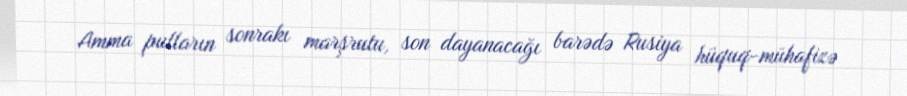
Amma pulların sonrakı marşrutu, son dayanacağı barədə Rusiya hüquq-mühafizə